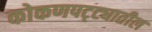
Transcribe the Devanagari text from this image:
कोकणपट्ट्यातील